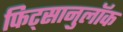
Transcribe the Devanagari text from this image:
फिट्सानुलॉक